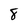
Character: 8